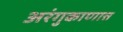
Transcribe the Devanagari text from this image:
अरंगुकाणात्त